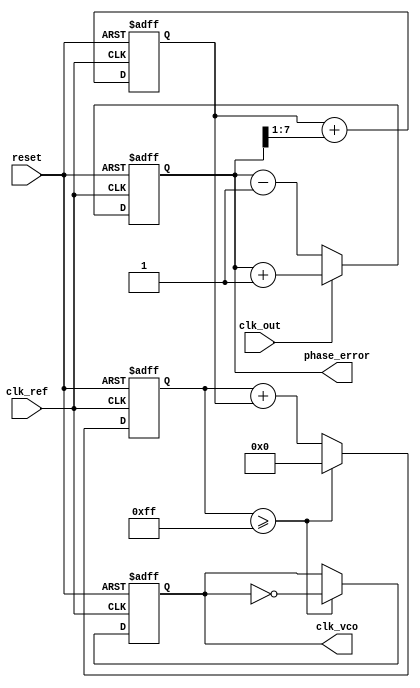
module DPLL (
    input wire clk_ref,             // Reference clock input
    input wire clk_out,             // Output clock signal
    input wire reset,               // Reset signal
    output wire clk_vco,            // VCO output clock
    output wire [7:0] phase_error   // Phase error output
);

    // Phase Detector
    reg [7:0] phase_error_reg;
    
    always @(posedge clk_ref or posedge reset) begin
        if (reset) begin
            phase_error_reg <= 8'd0;
        end else begin
            // Phase detector logic (e.g., sampling edges)
            // This is simplified. A real implementation would involve more detailed phase comparison logic.
            if (clk_out) begin
                phase_error_reg <= phase_error_reg + 1; // Increment phase error
            end else begin
                phase_error_reg <= phase_error_reg - 1; // Decrement phase error
            end
        end
    end
    
    assign phase_error = phase_error_reg;

    // Loop Filter Design (Low-Pass Filter)
    reg [7:0] control_signal;
    
    always @(posedge clk_ref or posedge reset) begin
        if (reset) begin
            control_signal <= 8'd128; // Initial control signal
        end else begin
            // Simple low-pass filter logic
            control_signal <= control_signal + (phase_error_reg >> 1);
        end
    end

    // Memory Block
    reg [7:0] memory_block [0:15]; // Example memory block for phase adjustments
    initial begin
        // Initialize memory with predefined coefficients (e.g., phase adjustments)
        memory_block[0] = 8'd0;
        memory_block[1] = 8'd1;
        memory_block[2] = 8'd2;
        memory_block[3] = 8'd3;
        // Other values can be initialized as needed
    end

    // Voltage-Controlled Oscillator (VCO)
    reg [7:0] vco_counter;
    reg clk_vco_reg;

    always @(posedge clk_ref or posedge reset) begin
        if (reset) begin
            vco_counter <= 8'd0;
            clk_vco_reg <= 0;
        end else begin
            // VCO logic based on control signal
            vco_counter <= vco_counter + control_signal;
            if (vco_counter >= 8'd255) begin
                vco_counter <= 8'd0;
                clk_vco_reg <= ~clk_vco_reg; // Toggle VCO output
            end
        end
    end

    assign clk_vco = clk_vco_reg;

endmodule